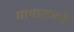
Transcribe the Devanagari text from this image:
मायारामने